Alma_Vaarman, lk 7
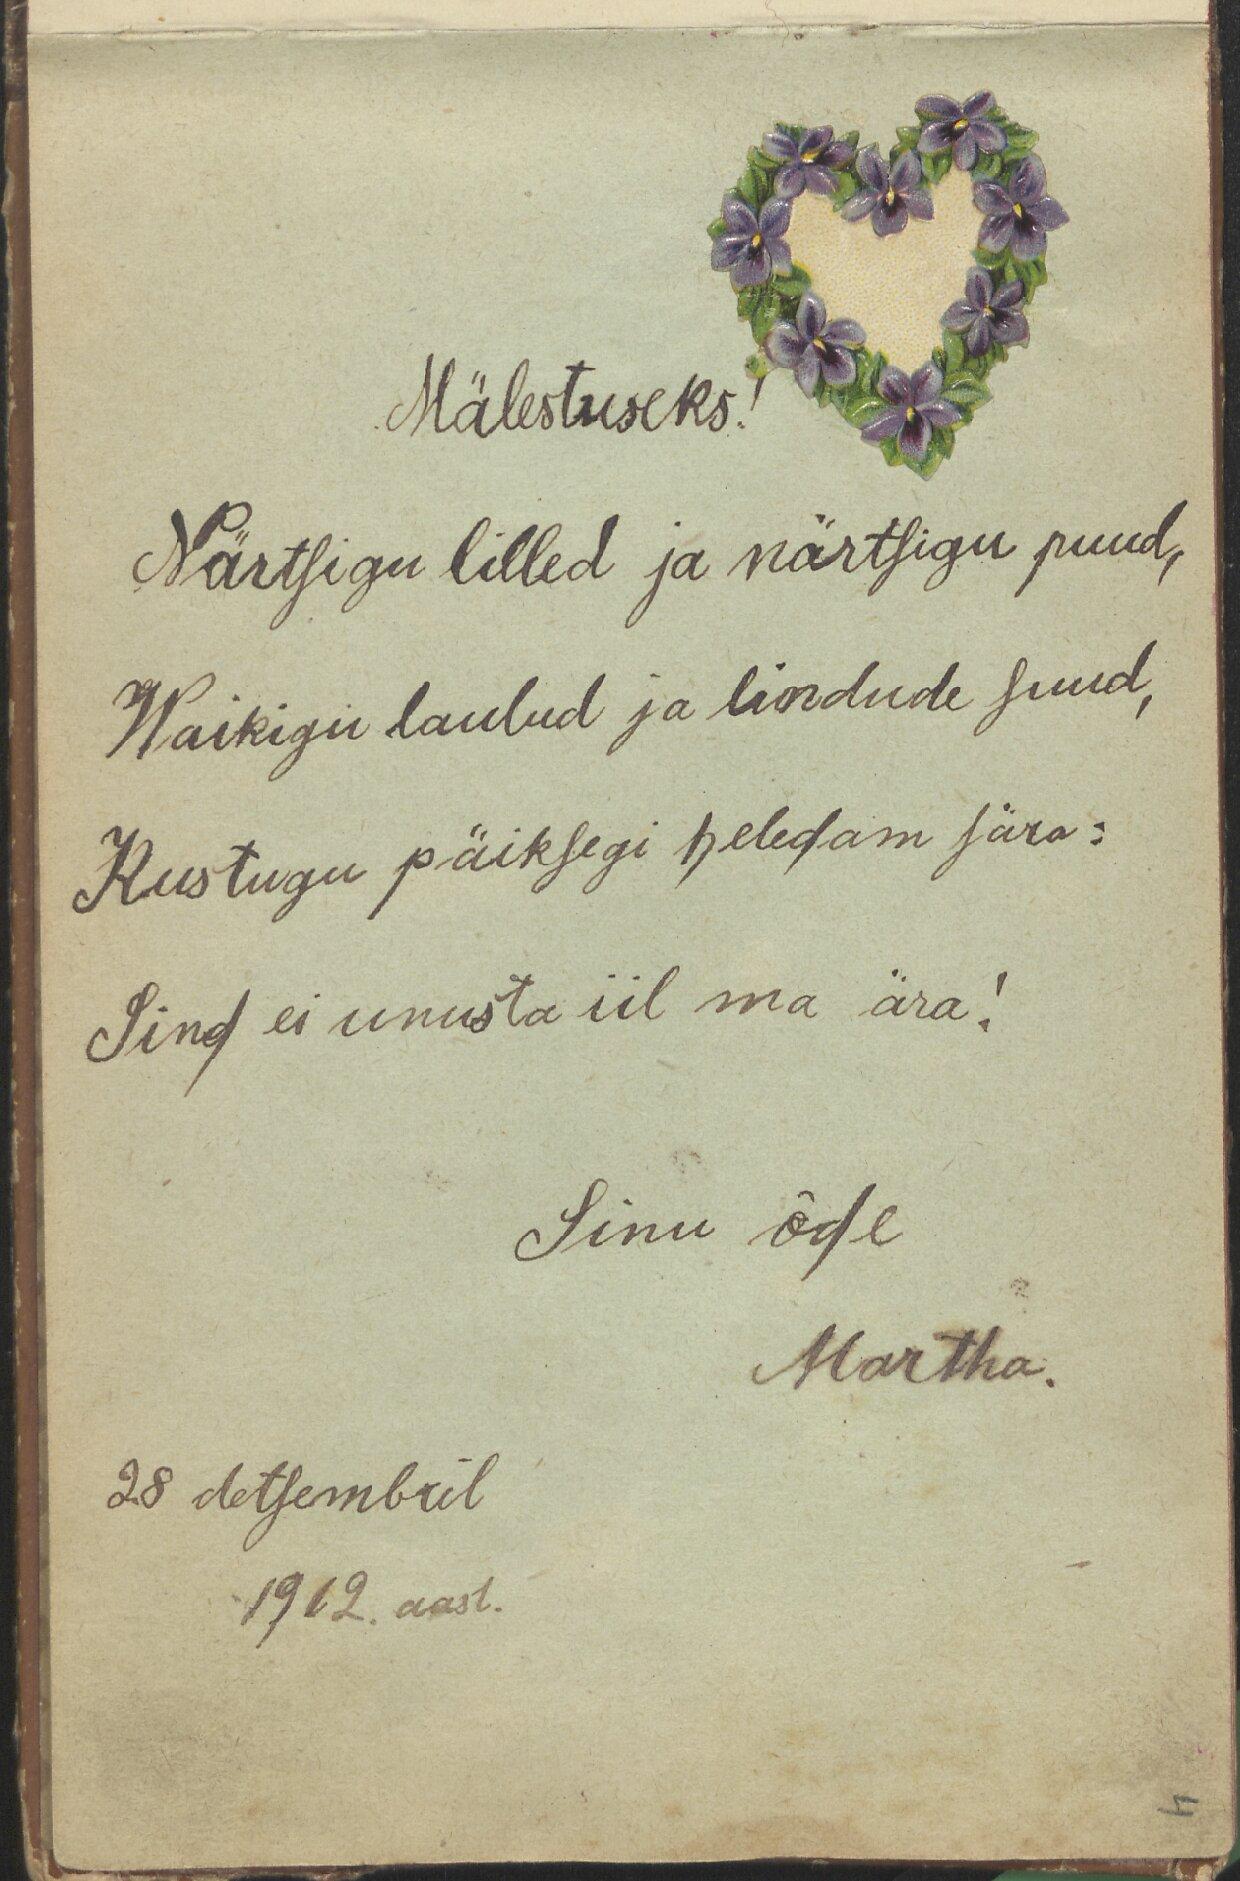
Mälestuseks.
Närtsigu lilled ja närtsigu puud,
Waikigu laulud ja lindude suud,
Kustugu päiksegi heledam sära:
Sind ei unusta iia ma ära!
Sinu õde
Martha.
28 detsembril
1912 aast.